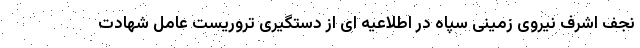
نجف اشرف نیروی زمینی سپاه در اطلاعیه ای از دستگیری تروریست عامل شهادت